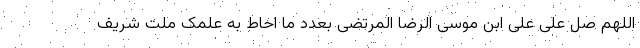
اللهم صل علی علی ابن موسی الرضا المرتضی بعدد ما احاط به علمک ملت شریف